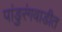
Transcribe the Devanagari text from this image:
पांडुरंगवाडीत